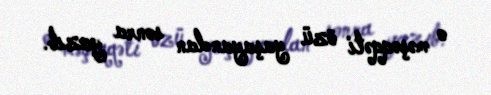
o məşəqqəti özü yaşayandan sonra yazıb.